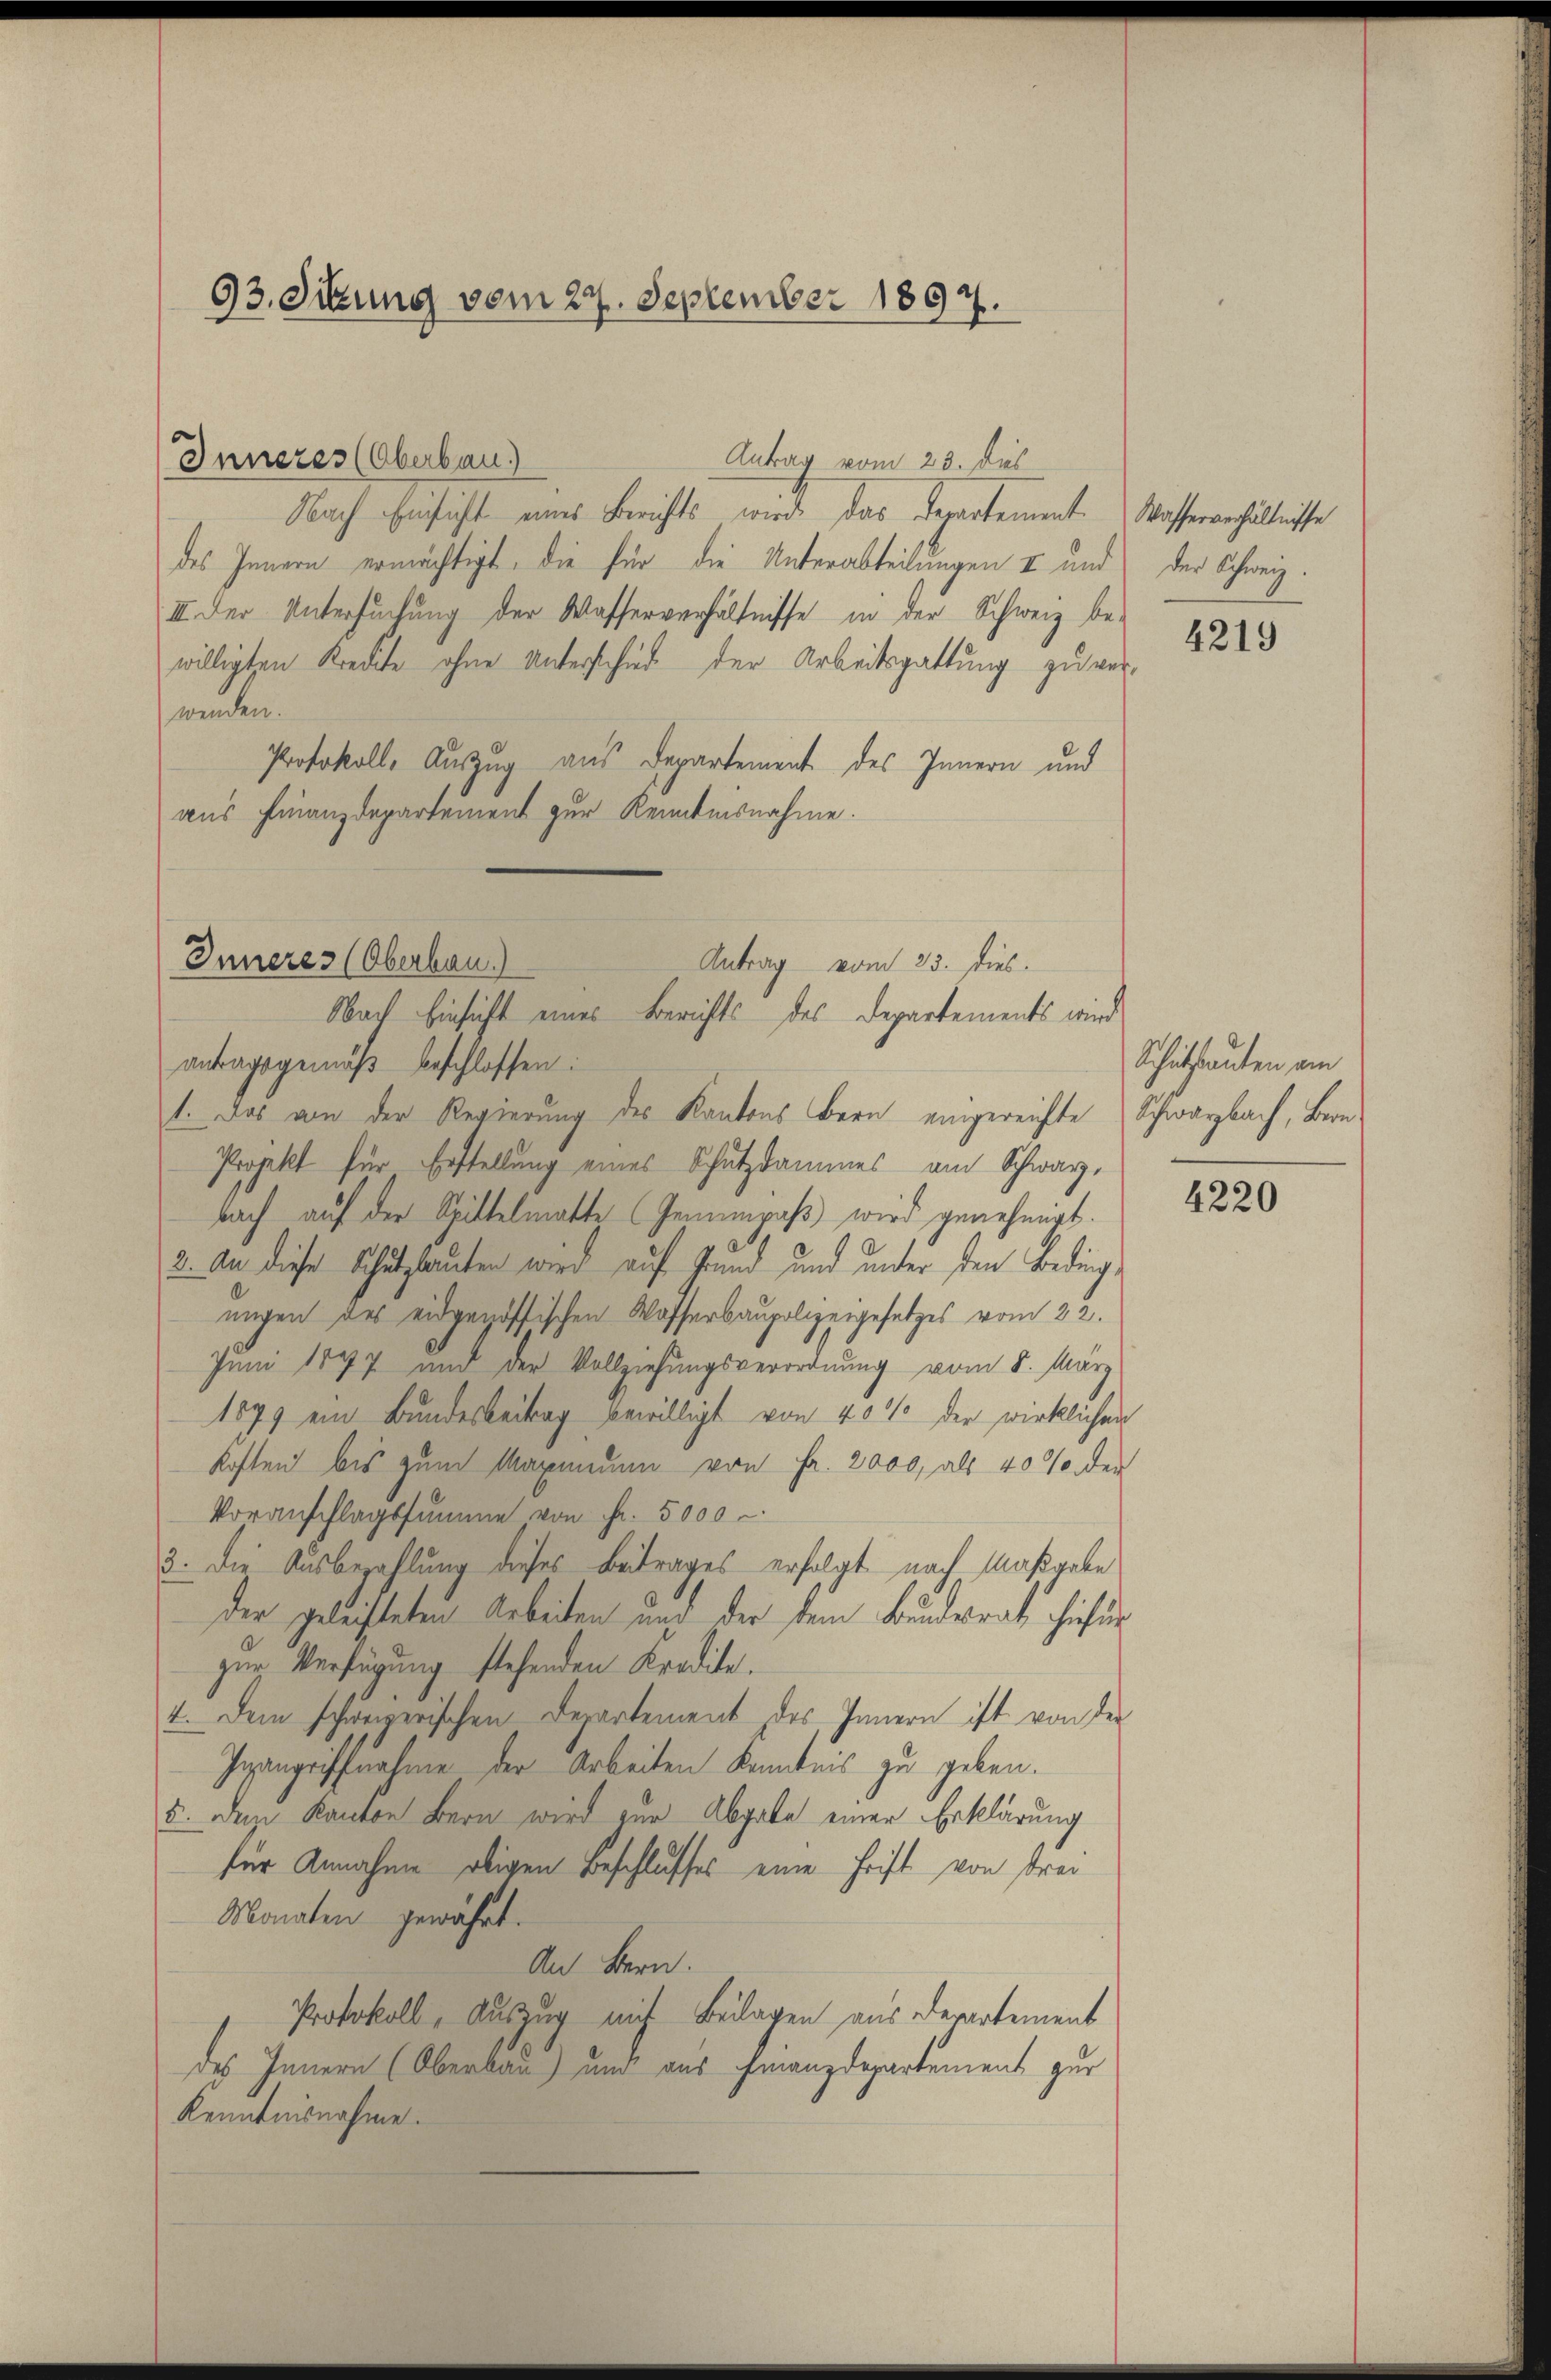
93. Situng vom 27. September 1897.

Nach Einsicht eines Berichts wird das Departement. Wasserverhältnisse
des Innern ermächtigt, die für die Unterabteilungen I und der Schweiz.
III der Untersuchung der Wasserverhältnisse in der Schweiz be-
willigten Kredite ohne Unterschiede der Arbeitsgattung zu verwenden.
Protokoll, Auszug aus Departement des Innern und
aus Finanzdepartement zur Kenntnisnahme.

Inneres (Oberbau)

Antrag vom 23. dies

Antrag vom 23. dies.
Inneres (Oberbau
Nach Einsicht eines Berichts des Departements wird

4219

antragsgemäβ beschlossen:
1. Das von der Regierung des Kantons Bern eingereichte Schwarzbach, Bern
Projekt für Erstellung eines Schutzdammes am Schwarz,
bach auf der Spittelmatte (Genimpaβ wird genehmigt.
2. An diese Schutzlauten wird auf Sand und unter den Beding
ungen des eidgenössischen Wasserbaupolizeigesetzes vom 22.
Juni 1877 und der Vollziehungsverordnung vom 8. März
1879 ein Bundesbeitrag bewilligt von 40% der wirklichen
kosten bis zum Maximum von Fr. 2000, als 40% der
Voranschlagssumme von Fr. 5000 u.
3. Die Ausbezahlung dieses Beitrages erfolgt nach Maßgabe
der geleisteten Arbeiten und der dem Bundesrat hiefür
zur Verfügung stehenden Kredite.
4. Dem schweizerischen Departement des Innern ist von der
Igangriffnahme der Arbeiten Kenntnis zu geben.
5. Dazu Kanton Bern wird zur Abgabe einer Erklärung
für Annahme obigen Beschlusses eine Frift von Frei
Monaten gewährt.
An Bern.
Protokoll, Auszug mit Beilagen aus derartement
des Innern (Oberbau) und aus Finanzdepartement zur
Kenntnisnahme.

Schutzbauten am

4220